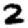
Digit: 2